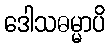
ဒေါသဓမ္မာပိ